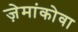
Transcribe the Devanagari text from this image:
ज़ेमांकोवा